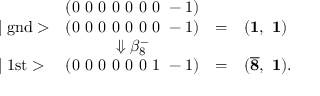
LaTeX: \begin{array} { l c c l } { { } } & { { ( 0 ~ 0 ~ 0 ~ 0 ~ 0 ~ 0 ~ 0 ~ - 1 ) } } \\ { { \mid \mathrm { g n d } > } } & { { ( 0 ~ 0 ~ 0 ~ 0 ~ 0 ~ 0 ~ 0 ~ - 1 ) } } & { { = } } & { { ( { \bf 1 } , ~ { \bf 1 } ) } } \\ { { } } & { { \Downarrow \beta _ { 8 } ^ { - } } } \\ { { \mid \mathrm { 1 s t } > } } & { { ( 0 ~ 0 ~ 0 ~ 0 ~ 0 ~ 0 ~ 1 ~ - 1 ) } } & { { = } } & { { ( { \bf \overline { { 8 } } } , ~ { \bf 1 } ) . } } \end{array}